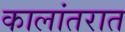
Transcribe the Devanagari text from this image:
कालांतरात